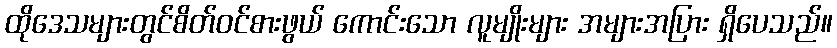
ထိုဒေသများတွင်စိတ်ဝင်စားဖွယ် ကောင်းသော လူမျိုးများ အများအပြား ရှိပေသည်။